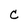
Character: C